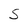
Character: S